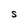
Character: S